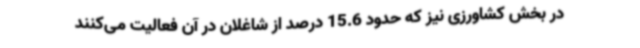
در بخش کشاورزی نیز که حدود 15.6 درصد از شاغلان در آن فعالیت می‌کنند